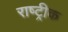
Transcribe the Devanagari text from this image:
राष्ट्रीक